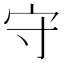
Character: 守